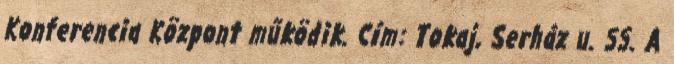
Konferencia Központ működik. Cím: Tokaj, Serház u. 55. A